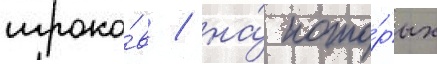
игроко́в / на́ кото́рых